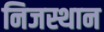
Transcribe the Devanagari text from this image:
निजस्थान